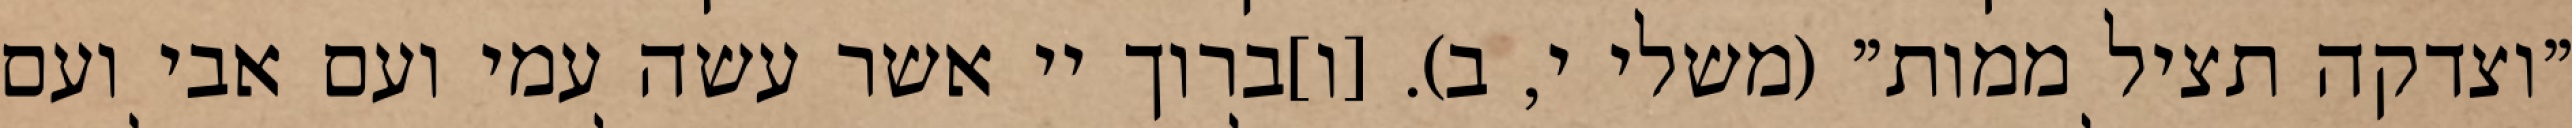
"וצדקה תציל ממות" (משלי י, ב). [ו]ברוך יי אשר עשה עמי ועם אבי ועם